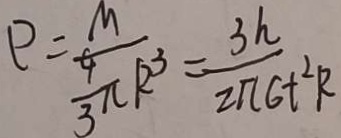
\rho = \frac { M } { \frac { 4 } { 3 } \pi R ^ { 3 } } = \frac { 3 h } { 2 \pi G t ^ { 2 } R }